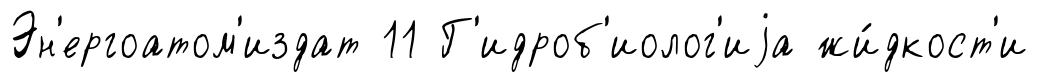
Эн'ергоатом'издат 11 Г'идроб'иолог'иjа жи́дкост'и